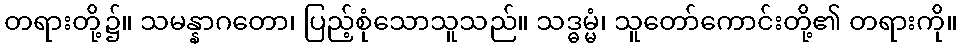
တရားတို့၌။ သမန္နာဂတော၊ ပြည့်စုံသောသူသည်။ သဒ္ဓမ္မံ၊ သူတော်ကောင်းတို့၏ တရားကို။